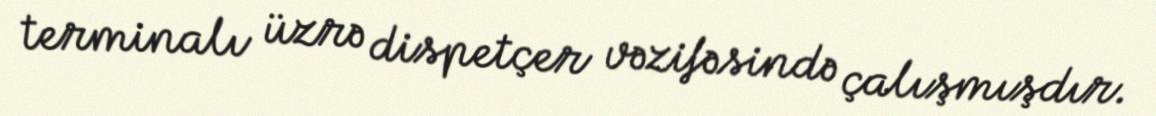
terminalı üzrə dispetçer vəzifəsində çalışmışdır.